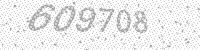
Solution: 609708